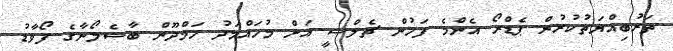
ތަރުބިއްޔަތުކުރުން ޕެޑްރޯ އެންމެ ފަހުން ޗެލްސީ އަށް މުހައްމަދު ހަމްދޫން ބާސެލޯނާގެ ފޯވާޑު